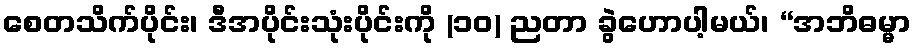
စေတသိက်ပိုင်း၊ ဒီအပိုင်းသုံးပိုင်းကို (၁၀) ညတာ ခွဲဟောပါ့မယ်၊ “အဘိဓမ္မာ